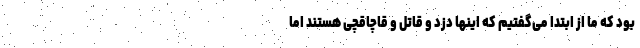
بود که ما از ابتدا می‌گفتیم که اینها دزد و قاتل و قاچاقچی هستند اما